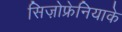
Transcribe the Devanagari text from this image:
सिज़ोफ्रेनियाके